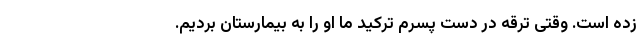
زده است. وقتی ترقه در دست پسرم ترکید ما او را به بیمارستان بردیم.